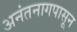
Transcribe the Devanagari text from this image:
अनंतनागपासून